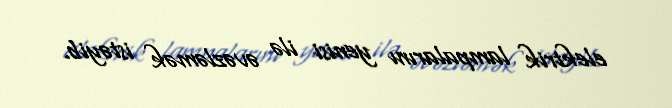
elektrik lampalarını yenisi ilə əvəzləmək istəyib.